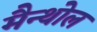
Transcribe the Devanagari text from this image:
मैन्थोल